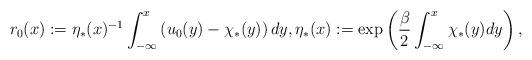
LaTeX: \begin{align*}r_{0}(x):=\eta_{*}(x)^{-1}\int_{-\infty}^{x}\left(u_{0}(y)-\chi_{*}(y)\right)dy, \eta_{*}(x):=\exp \left(\frac{\beta}{2}\int_{-\infty}^{x}\chi_{*}(y)dy\right),\end{align*}